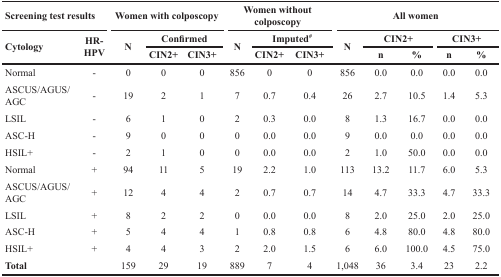
<table><thead><tr><td colspan="2"><b>Screening test results</b></td><td colspan="3"><b>Women with colposcopy</b></td><td colspan="3"><b>Women without colposcopy</b></td><td colspan="5"><b>All women</b></td></tr><tr><td rowspan="2"><b>Cytology</b></td><td rowspan="2"><b>HR-HPV</b></td><td rowspan="2"><b>N</b></td><td colspan="2"><b>Confirmed</b></td><td rowspan="2"><b>N</b></td><td colspan="2"><b>Imputed<sup>#</sup></b></td><td rowspan="2"><b>N</b></td><td colspan="2"><b>CIN2+</b></td><td colspan="2"><b>CIN3+</b></td></tr><tr><td><b>CIN2+</b></td><td><b>CIN3+</b></td><td><b>CIN2+</b></td><td><b>CIN3+</b></td><td><b>n</b></td><td><b>%</b></td><td><b>n</b></td><td><b>%</b></td></tr></thead><tbody><tr><td>Normal</td><td>-</td><td>0</td><td>0</td><td>0</td><td>856</td><td>0</td><td>0</td><td>856</td><td>0.0</td><td>0.0</td><td>0.0</td><td>0.0</td></tr><tr><td>ASCUS/AGUS/AGC</td><td>-</td><td>19</td><td>2</td><td>1</td><td>7</td><td>0.7</td><td>0.4</td><td>26</td><td>2.7</td><td>10.5</td><td>1.4</td><td>5.3</td></tr><tr><td>LSIL</td><td>-</td><td>6</td><td>1</td><td>0</td><td>2</td><td>0.3</td><td>0.0</td><td>8</td><td>1.3</td><td>16.7</td><td>0.0</td><td>0.0</td></tr><tr><td>ASC-H</td><td>-</td><td>9</td><td>0</td><td>0</td><td>0</td><td>0.0</td><td>0.0</td><td>9</td><td>0.0</td><td>0.0</td><td>0.0</td><td>0.0</td></tr><tr><td>HSIL+</td><td>-</td><td>2</td><td>1</td><td>0</td><td>0</td><td>0.0</td><td>0.0</td><td>2</td><td>1.0</td><td>50.0</td><td>0.0</td><td>0.0</td></tr><tr><td>Normal</td><td>+</td><td>94</td><td>11</td><td>5</td><td>19</td><td>2.2</td><td>1.0</td><td>113</td><td>13.2</td><td>11.7</td><td>6.0</td><td>5.3</td></tr><tr><td>ASCUS/AGUS/AGC</td><td>+</td><td>12</td><td>4</td><td>4</td><td>2</td><td>0.7</td><td>0.7</td><td>14</td><td>4.7</td><td>33.3</td><td>4.7</td><td>33.3</td></tr><tr><td>LSIL</td><td>+</td><td>8</td><td>2</td><td>2</td><td>0</td><td>0.0</td><td>0.0</td><td>8</td><td>2.0</td><td>25.0</td><td>2.0</td><td>25.0</td></tr><tr><td>ASC-H</td><td>+</td><td>5</td><td>4</td><td>4</td><td>1</td><td>0.8</td><td>0.8</td><td>6</td><td>4.8</td><td>80.0</td><td>4.8</td><td>80.0</td></tr><tr><td>HSIL+</td><td>+</td><td>4</td><td>4</td><td>3</td><td>2</td><td>2.0</td><td>1.5</td><td>6</td><td>6.0</td><td>100.0</td><td>4.5</td><td>75.0</td></tr><tr><td><b>Total</b></td><td></td><td>159</td><td>29</td><td>19</td><td>889</td><td>7</td><td>4</td><td>1,048</td><td>36</td><td>3.4</td><td>23</td><td>2.2</td></tr></tbody></table>